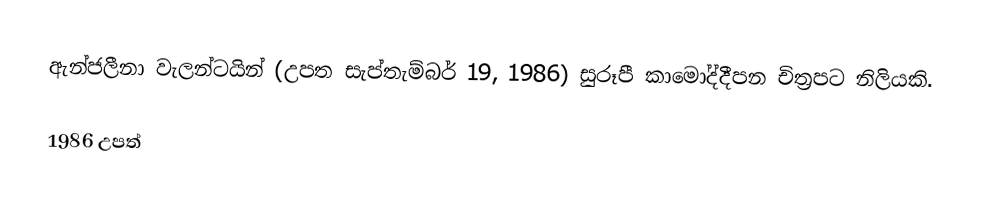
ඇන්ජලීනා වැලන්ටයින් (උපත සැප්තැම්බර් 19, 1986) සුරූපී කාමෝද්දීපන චිත්‍රපට නිලියකි.

1986 උපත්